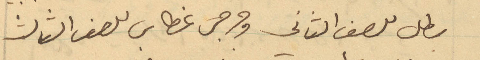
بطل للصف الثاني وجرجي غطاس للصف الثالث